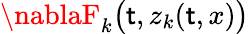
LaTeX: \nablaF_{k}\big(\mathsf{t},z_{k}(\mathsf{t},x)\big)